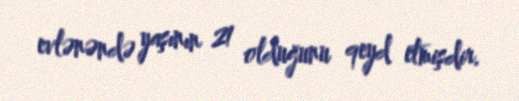
evlənəndə yaşının 21 olduğunu qeyd etmişdir.